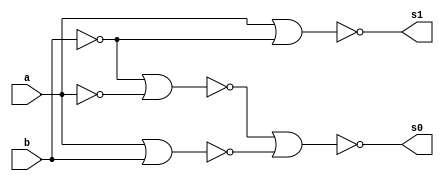
// guia 03
// Nome: Raphaela Fernanda Silva

module operadorMD ( s0,s1,a,b );

output s0,s1;
input a,b;
wire s2,s3,s4,s5,s6;

nor NOR1 (s2,b,b);
nor NOR2 (s3,a,a);
nor NOR3 (s4,s2,s3);
nor NOR4 (s5,a,b);
nor NOR5 (s0,s4,s5);
nor NOR6 (s6,b,b);
nor NOR7 (s1,a,s6);

endmodule

module testMD;
reg a,b;
wire s0,s1;

operadorMD MD (s0,s1,a,b);

initial begin: start
        a=0; b=0;

end

initial begin: main

#1 $display (" Modelo Tradicional ");
#1 $display (" a - b = s0s1 ");
   $monitor (" %b - %b = %b %b ",a,b,s0,s1);
	
	    #1 a=0;  b=1;
		 #1 a=1;  b=0;
		 #1 a=1;  b=1;
		 
end
endmodule


//   Modelo Tradicional 
//     a - b = s0s1 
//     0 - 0 = 0 0 
//     0 - 1 = 1 1 
//     1 - 0 = 1 0 
//     1 - 1 = 0 0 
//    
//     ----jGRASP: operation complete.